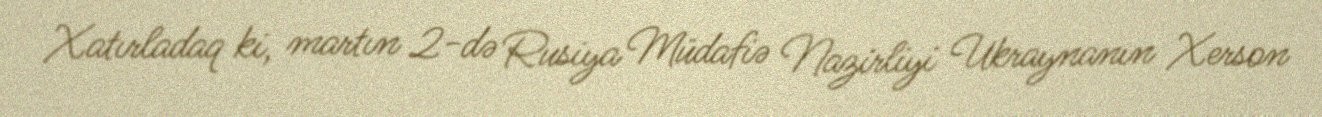
Xatırladaq ki, martın 2-də Rusiya Müdafiə Nazirliyi Ukraynanın Xerson